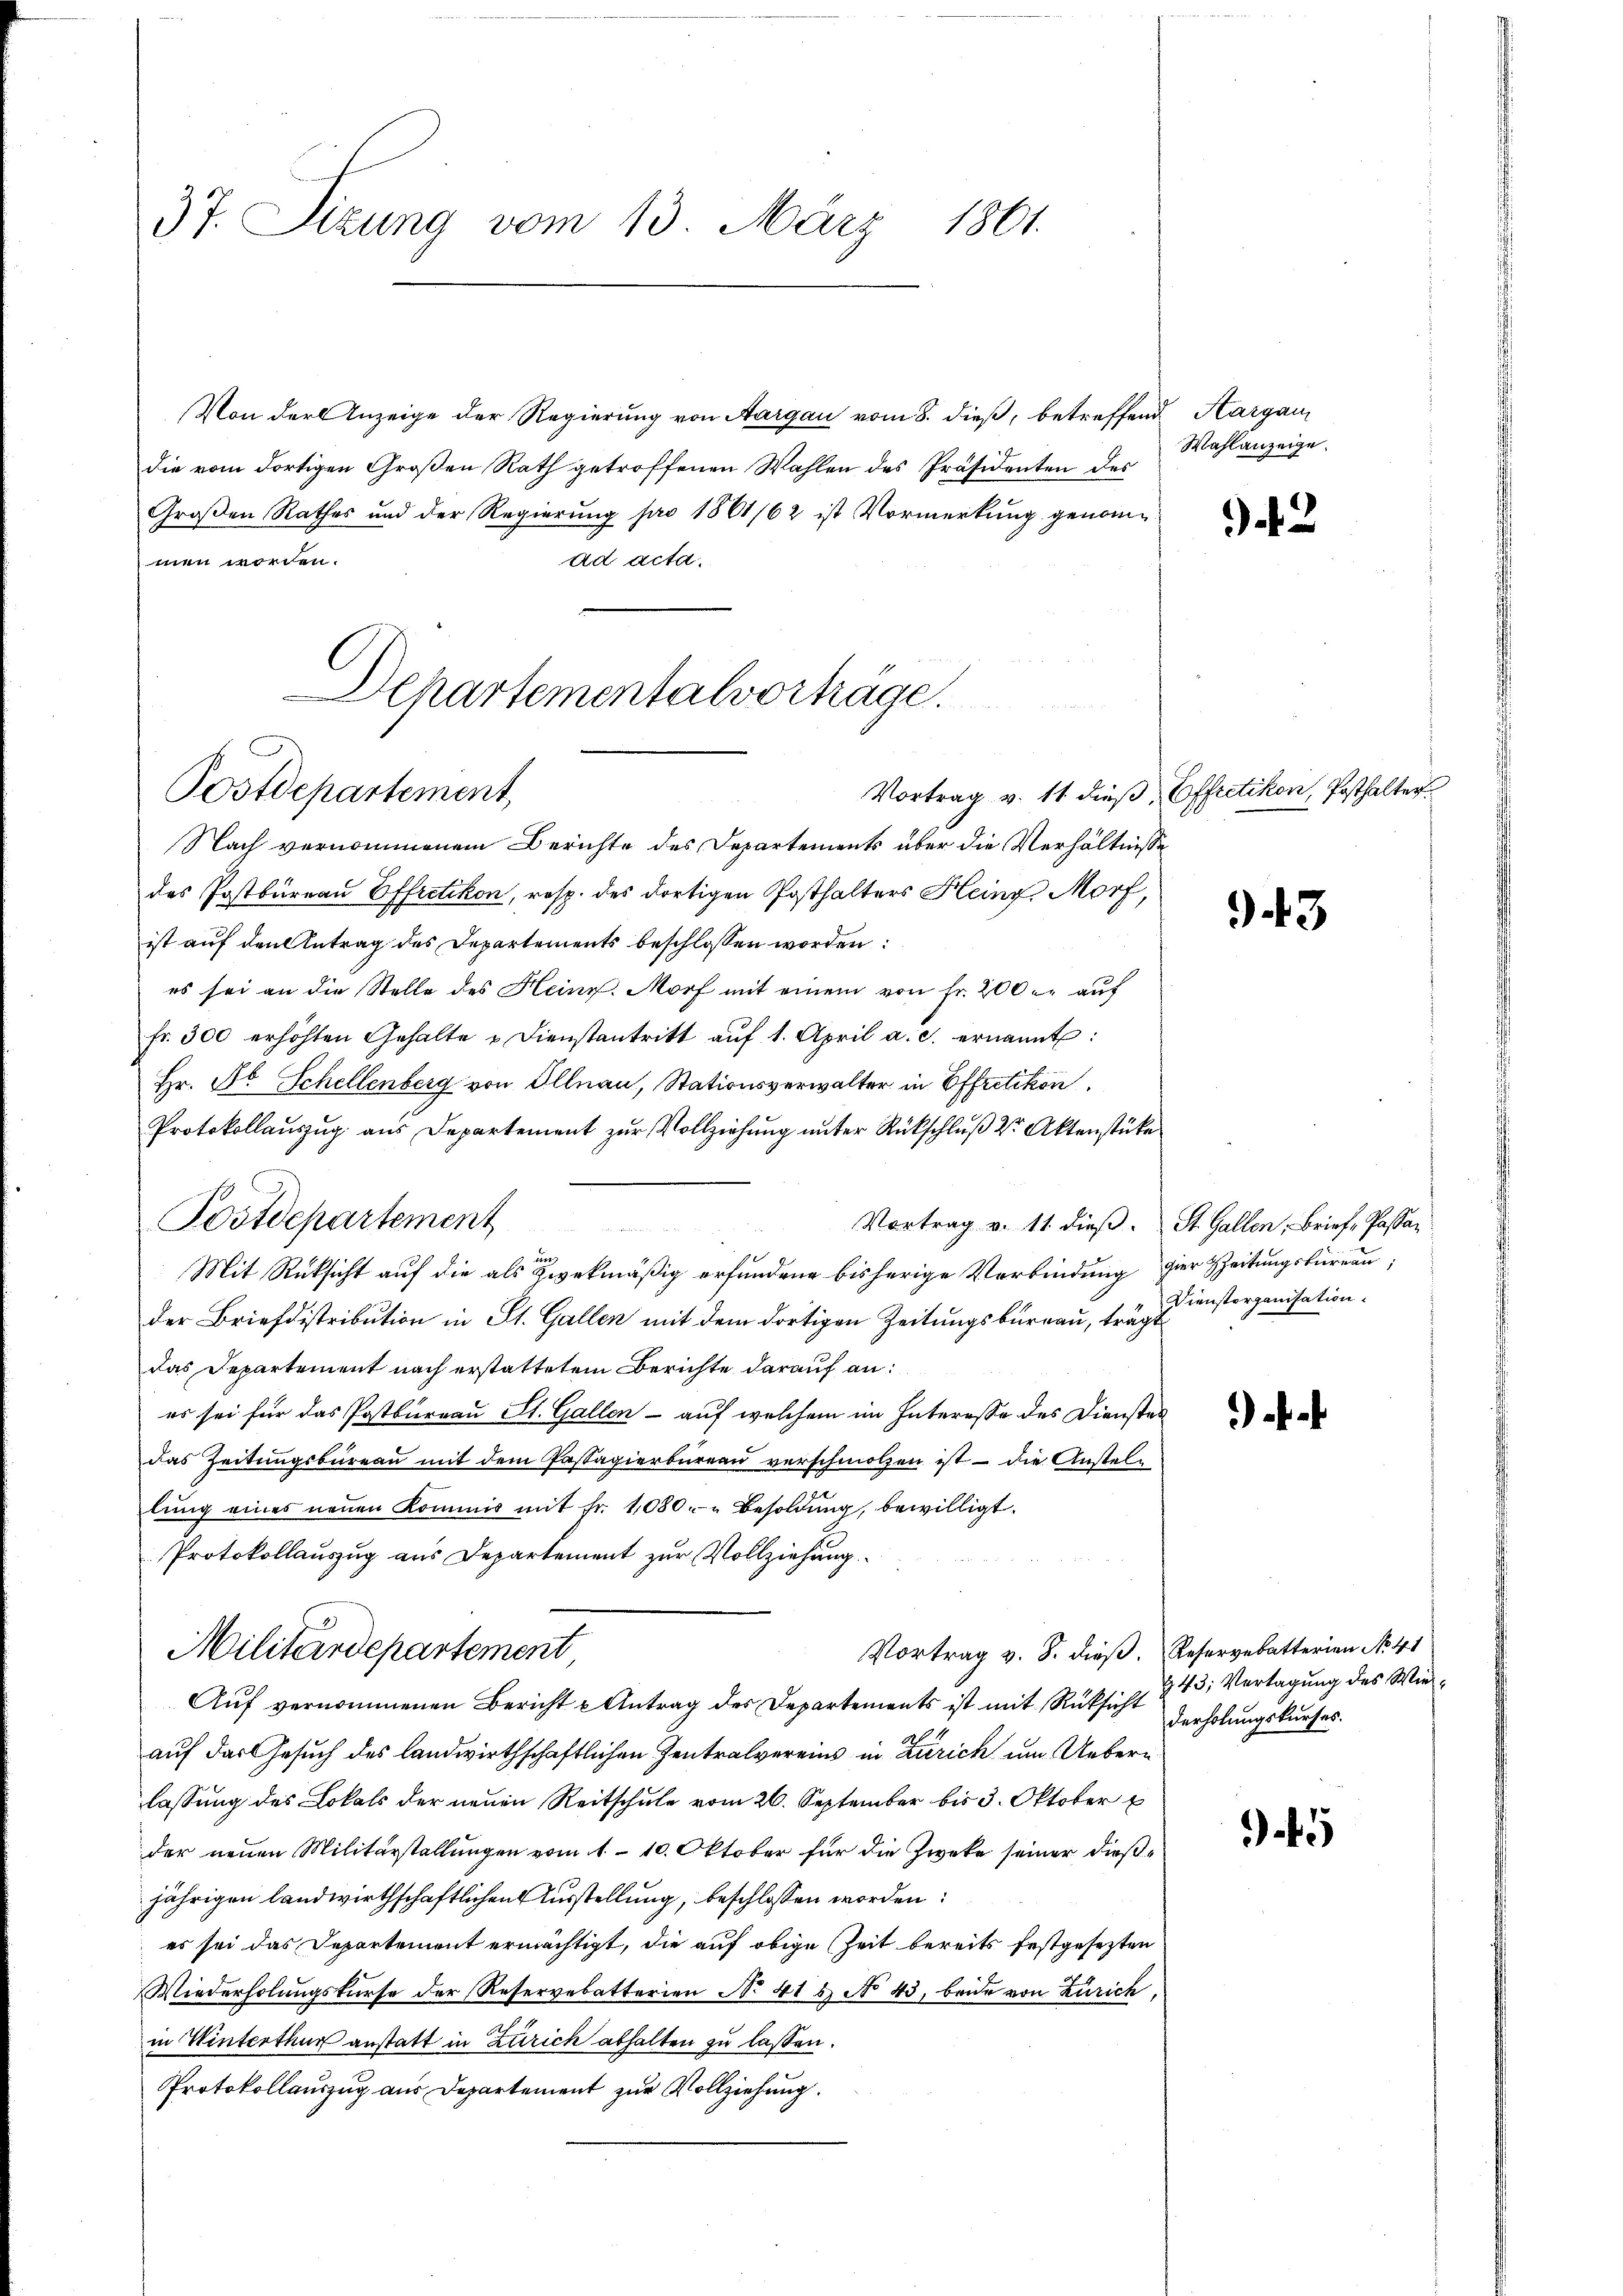
37. Sizung vom 13. März 1801.

Von der Anzeige der Regierung von Aargau vom 8. dieß, betreffend Aargau,
die vom dortigen Großen Rath getroffenen Wahlen des Präsidenten des
Großen Rathes und der Regierung pro 1861/62 ist Vormerkung genomad acta.
men worden.
Departementalvorträge.

Postdepartement

Nach vernommenem Berichte des Departements über die Verhältnisse
des Postbureau Effretikon, resp. des dortigen Posthalters Klein Morf,
ist auf den Antrag des Departements beschlossen worden:
es sei an die Stelle des Heinr. Morf mit einem von Fr. 200 - auf
fr. 300 erhöhten Gehalte u Dienstantritt aŭf 1. April a. c. ernannt:
Hr. Fr. Schellenberg von Illnau, Stationsverwalter in Effretikon,
Protokollauszug aus Departement zur Vollziehung unter Rückschluß der Aktenstücke
Postdepartement
Vortrag v. 11. dieβ. St. Gallen, Brief, Passain
Mit Rücksicht auf die als zwekmäßig erfundene bisherige Verbindung hier Zeitungsbureau,
der Briefdistribution in St. Gallen mit dem dortigen Zeitungsbureau, trägt
das Departement nach erstattetem Berichte darauf an:
es sei für das Postbureau St. Gallen - auf welchem im Interesse des Dienstes
das Zeitungsbüreau mit dem Passagierbüreau verschmolzen ist - die Anstellŭng eines neŭen Kommis mit Fr. 1080 " Besoldŭng, bewilligt.
Protokollauszug aus Departement zur Vollziehung
Vortrag v. 8. dieß. Reservebatterien No 41
Militärdepartement
Aŭf vernommenen Bericht u Antrag des Departements ist mit Rücksicht verholungskurses.
auf das Gesuch des landwirthschaftlichen Zentralvereins in Zürich um Ueberlassung des Lokals der neuen Reitschule vom 26. September bis 3. Oktober
der neuen Militärstellungen vom 1. 10. Oktober für die Zwecke seiner dießjährigen landwirthschaftlichen Ausstellung, beschlossen worden:
es sei das Departement ermächtigt, die auf obige Zeit bereits festgesezten
Wiederholŭngskurse der Reservebatterien No 415 No 43. beide von Zürich
in Winterthur anstatt in Zürich abhalten zu lassen.
Protokollauszug aus Departement zur Vollziehung.

Wahlanzeige.

2

Vortrag v. 11 dieß, Offretikon, Posthalter

943

Dienstorganisation

§43; Vertagung des Wie¬

5